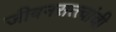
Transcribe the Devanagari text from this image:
जीवनसत्त्वांची